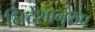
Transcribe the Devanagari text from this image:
निर्देशानुरुप